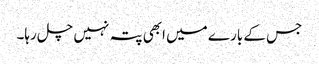
جس کے بارے میں ابھی پتہ نہیں چل رہا۔